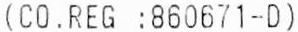
(CO.REG :860671-D)